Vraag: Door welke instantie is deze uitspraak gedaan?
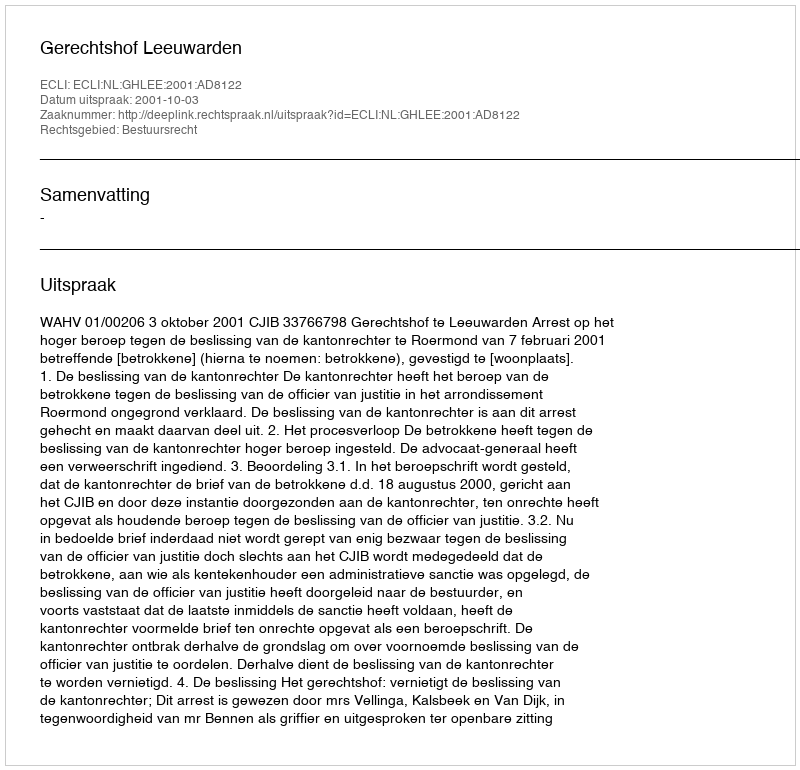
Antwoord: Gerechtshof Leeuwarden